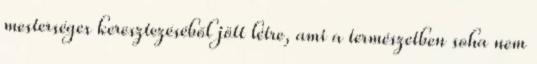
mesterséges keresztezéséből jött létre, ami a természetben soha nem